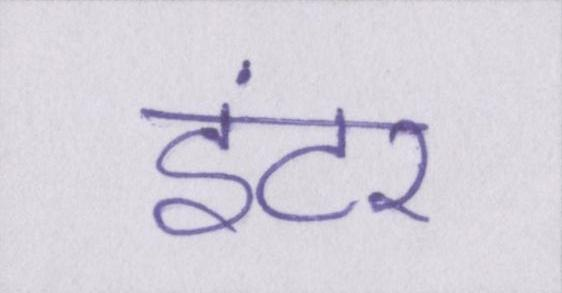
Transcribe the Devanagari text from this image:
इंटर